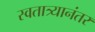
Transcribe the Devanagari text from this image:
स्वतात्र्यानंतर